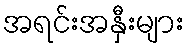
အရင်းအနှီးများ